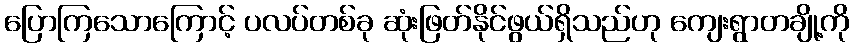
ပြောကြသောကြောင့် ပလပ်တစ်ခု ဆုံးဖြတ်နိုင်ဖွယ်ရှိသည်ဟု ကျေးရွာတချို့ကို